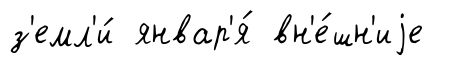
з'емл'и́ январ'я́ вн'е́шн'иjе